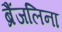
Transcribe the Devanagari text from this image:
ब्रैंजलिना